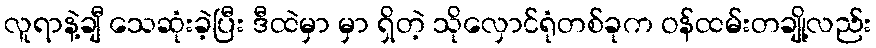
လူရာနဲ့ချီ သေဆုံးခဲ့ပြီး ဒီထဲမှာ မှာ ရှိတဲ့ သိုလှောင်ရုံတစ်ခုက ဝန်ထမ်းတချို့လည်း